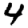
Digit: 4